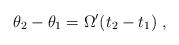
LaTeX: \begin{align*}\theta _2 -\theta _1 =\Omega ^\prime (t_2 -t_1)\;, \end{align*}